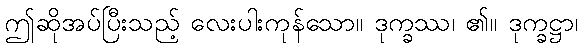
ဤဆိုအပ်ပြီးသည့် လေးပါးကုန်သော။ ဒုက္ခဿ၊ ၏။ ဒုက္ခဋ္ဌာ၊